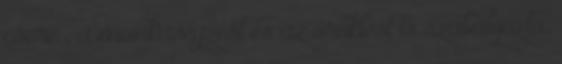
csere , a munkavégzést és az öröklést is szabályozta.